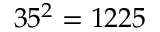
3 5 ^ { 2 } = 1 2 2 5